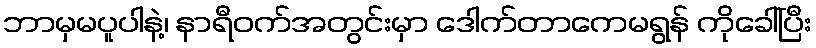
ဘာမှမပူပါနဲ့၊ နာရီဝက်အတွင်းမှာ ဒေါက်တာကေမရွန် ကိုခေါ်ပြီး